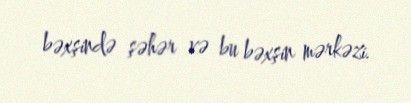
bəxşində şəhər və bu bəxşin mərkəzi.